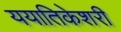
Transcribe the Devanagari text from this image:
ययातिकेशरी